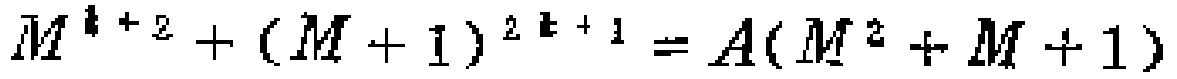
\(M^{k + 2}+(M + 1)^{2k + 1}=A(M^{2}+M + 1)\)